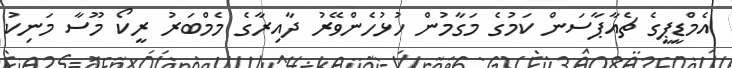
އެމްޑީޕީގެ ޗެއާޕާސަން ކަމުގެ މަގާމުން ހުޅުހެންވޭރު ދާއިރާގެ މެމްބަރު ރީކޯ މޫސާ މަނިކު